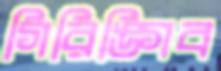
গিরিঙ্গিব